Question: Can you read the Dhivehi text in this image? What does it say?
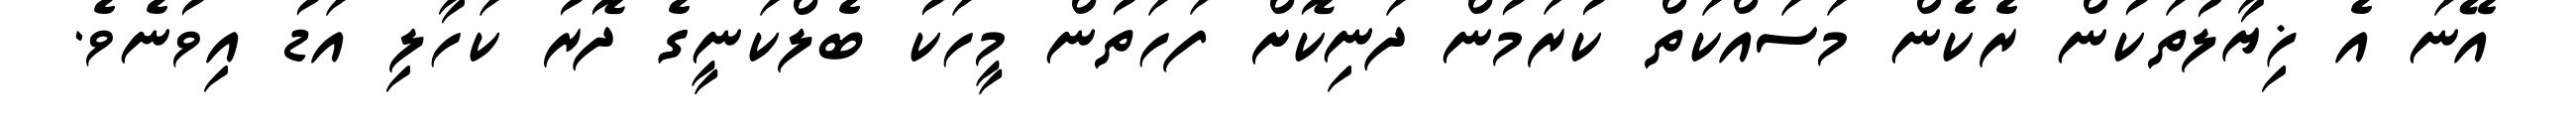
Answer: އޭނަ އެ ޚިޔާލުތަކުން ރެކެން މަސައްކަތް ކުރަމުން ދަނިކޮށް ފަހަތުން މީހަކު ބެލްކަނީގެ ދޮރު ކަހާލި އަޑު އިވުނެވެ.